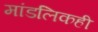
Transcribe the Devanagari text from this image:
मांडलिकही